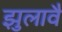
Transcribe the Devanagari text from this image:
झुलावै